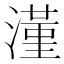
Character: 𣾑